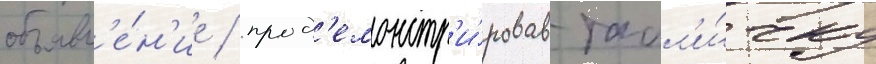
объявл'е́н'ие / прод'емонстр'и́ровав табл'и́чку